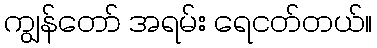
ကျွန်တော် အရမ်း ရေငတ်တယ်။